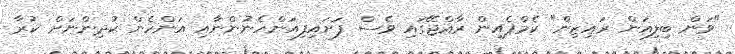
"ވަން ބިލިއަން ރައިޒިން" ކެމްޕެއިން ރާއްޖޭގައި ވެސް ފަށައިފިއަންހެނުންނާއި އަންހެން ކުދިންނަށް ކުރާ